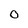
Character: 0